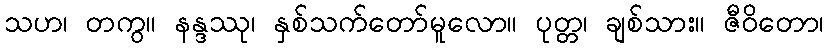
သဟ၊ တကွ။ နန္ဒဿု၊ နှစ်သက်တော်မူလော။ ပုတ္တ၊ ချစ်သား။ ဇီဝိတော၊